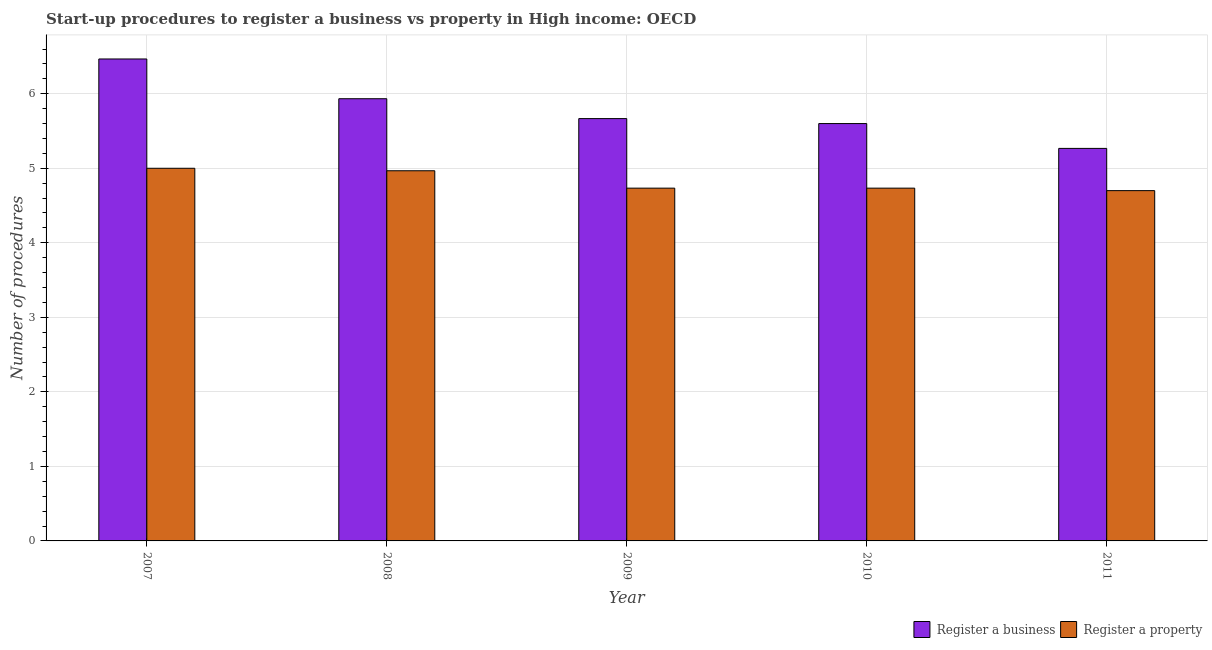
| Year | Register a business | Register a property |
 | --- | --- | --- |
 | 2007 | 6.47 | 5 |
 | 2008 | 5.93 | 4.97 |
 | 2009 | 5.67 | 4.73 |
 | 2010 | 5.6 | 4.73 |
 | 2011 | 5.27 | 4.7 |